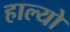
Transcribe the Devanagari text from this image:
हाल्‍यो